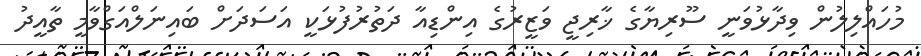
މުހައްލިލުން ވިދާޅުވަނީ ސޫރިޔާގެ ޚާރިޖީ ވަޒީރުގެ އިންޑިއާ ދަތުރުފުޅަކީ އަސަދަށް ބައިނަލްއަގްވާމީ ތާއީދު